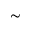
\sim